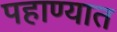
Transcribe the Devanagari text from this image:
पहाण्यात